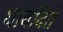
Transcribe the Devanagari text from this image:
थांबविते